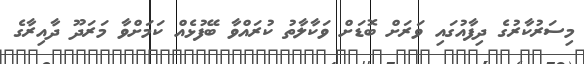
މިސަރުކާރުގެ ދިފާއުގައި ވަރަށް ބޮޑަށް ވަކާލާތު ކުރައްވާ ބޭފުޅެއް ކަމަށްވާ މަރަދޫ ދާއިރާގެ